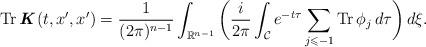
LaTeX: \begin{align*} \operatorname{Tr}\textbf{\textit{K}}(t,x^{\prime},x^{\prime}) = \frac{1}{(2\pi)^{n-1}} \int_{\mathbb{R}^{n-1}} \bigg( \frac{i}{2\pi} \int_{\mathcal{C}} e^{-t\tau} \sum_{j \leqslant -1} \operatorname{Tr} \phi_{j}\,d\tau \bigg) \,d\xi.\end{align*}